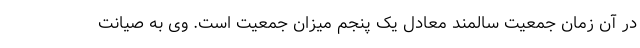
در آن زمان جمعیت سالمند معادل یک پنجم میزان جمعیت است. وی به صیانت